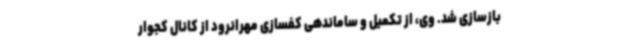
بازسازی شد. وی، از تکمیل و ساماندهی کفسازی مهرانرود از کانال کجوار